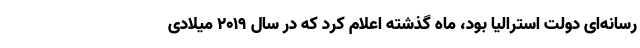
رسانه‌ای دولت استرالیا بود، ماه گذشته اعلام کرد که در سال ۲۰۱۹ میلادی